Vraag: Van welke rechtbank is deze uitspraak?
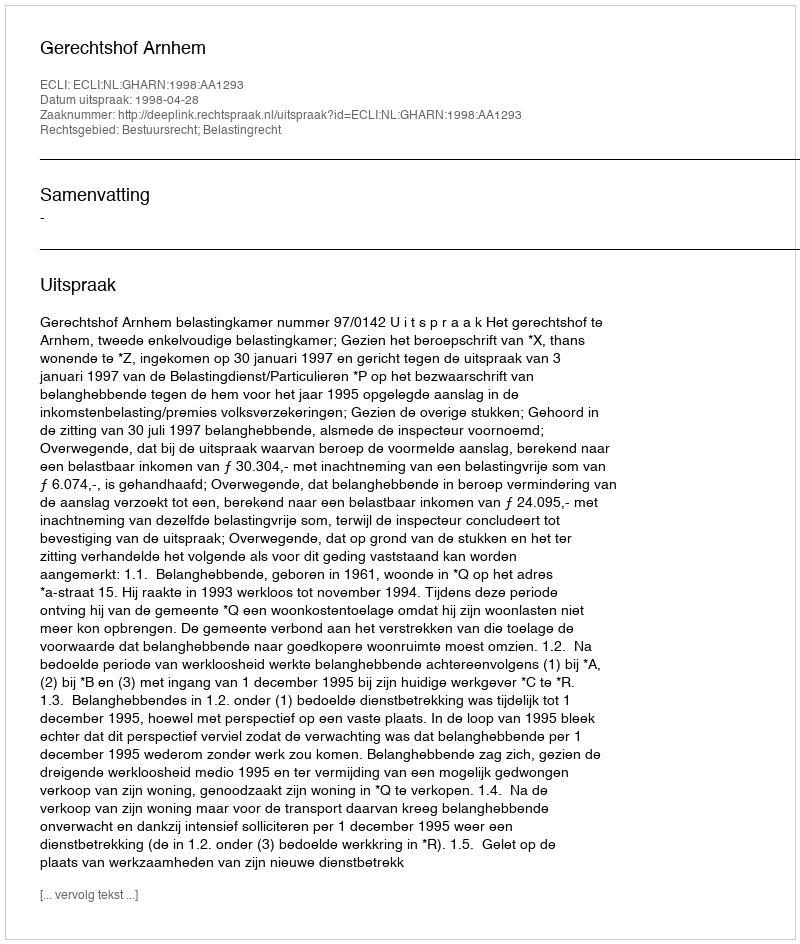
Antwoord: Gerechtshof Arnhem